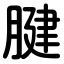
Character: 腱